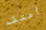
أعتقد